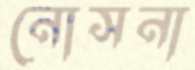
নোসনা